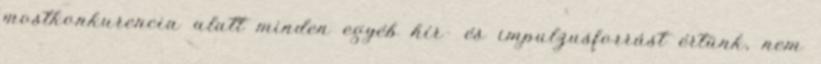
mostkonkurencia alatt minden egyéb hír- és impulzusforrást értünk, nem